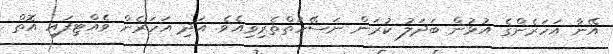
އޭނާ އަހަރެންގެ އުޅުން ބަދަލު ކުރަން ނަސޭހަތްތެރިވިއެވެ. އަދި އަހަރެން ވެއްޓިފައި އޮތް